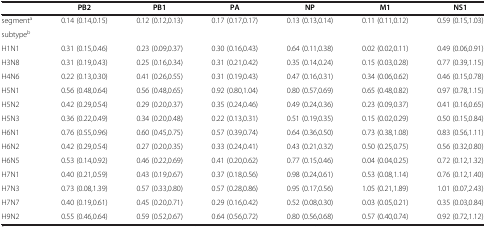
<table><thead><tr><td><b> </b></td><td><b>PB2</b></td><td><b>PB1</b></td><td><b>PA</b></td><td><b>NP</b></td><td><b>M1</b></td><td><b>NS1</b></td></tr></thead><tbody><tr><td>segment<sup>a</sup></td><td>0.14 (0.14,0.15)</td><td>0.12 (0.12,0.13)</td><td>0.17 (0.17,0.17)</td><td>0.13 (0.13,0.14)</td><td>0.11 (0.11,0.12)</td><td>0.59 (0.15,1.03)</td></tr><tr><td>subtype<sup>b</sup></td><td> </td><td> </td><td> </td><td> </td><td> </td><td> </td></tr><tr><td>H1N1</td><td>0.31 (0.15,0.46)</td><td>0.23 (0.09,0.37)</td><td>0.30 (0.16,0.43)</td><td>0.64 (0.11,0.38)</td><td>0.02 (0.02,0.11)</td><td>0.49 (0.06,0.91)</td></tr><tr><td>H3N8</td><td>0.31 (0.19,0.43)</td><td>0.25 (0.16,0.34)</td><td>0.31 (0.21,0.42)</td><td>0.35 (0.14,0.24)</td><td>0.15 (0.03,0.28)</td><td>0.77 (0.39,1.15)</td></tr><tr><td>H4N6</td><td>0.22 (0.13,0.30)</td><td>0.41 (0.26,0.55)</td><td>0.31 (0.19,0.43)</td><td>0.47 (0.16,0.31)</td><td>0.34 (0.06,0.62)</td><td>0.46 (0.15,0.78)</td></tr><tr><td>H5N1</td><td>0.56 (0.48,0.64)</td><td>0.56 (0.48,0.65)</td><td>0.92 (0.80,1.04)</td><td>0.80 (0.57,0.69)</td><td>0.65 (0.48,0.82)</td><td>0.97 (0.78,1.15)</td></tr><tr><td>H5N2</td><td>0.42 (0.29,0.54)</td><td>0.29 (0.20,0.37)</td><td>0.35 (0.24,0.46)</td><td>0.49 (0.24,0.36)</td><td>0.23 (0.09,0.37)</td><td>0.41 (0.16,0.65)</td></tr><tr><td>H5N3</td><td>0.36 (0.22,0.49)</td><td>0.34 (0.20,0.48)</td><td>0.22 (0.13,0.31)</td><td>0.51 (0.19,0.35)</td><td>0.15 (0.02,0.29)</td><td>0.50 (0.15,0.84)</td></tr><tr><td>H6N1</td><td>0.76 (0.55,0.96)</td><td>0.60 (0.45,0.75)</td><td>0.57 (0.39,0.74)</td><td>0.64 (0.36,0.50)</td><td>0.73 (0.38,1.08)</td><td>0.83 (0.56,1.11)</td></tr><tr><td>H6N2</td><td>0.42 (0.29,0.54)</td><td>0.27 (0.20,0.35)</td><td>0.33 (0.24,0.41)</td><td>0.43 (0.21,0.32)</td><td>0.50 (0.25,0.75)</td><td>0.56 (0.32,0.80)</td></tr><tr><td>H6N5</td><td>0.53 (0.14,0.92)</td><td>0.46 (0.22,0.69)</td><td>0.41 (0.20,0.62)</td><td>0.77 (0.15,0.46)</td><td>0.04 (0.04,0.25)</td><td>0.72 (0.12,1.32)</td></tr><tr><td>H7N1</td><td>0.40 (0.21,0.59)</td><td>0.43 (0.19,0.67)</td><td>0.37 (0.18,0.56)</td><td>0.98 (0.24,0.61)</td><td>0.53 (0.08,1.14)</td><td>0.76 (0.12,1.40)</td></tr><tr><td>H7N3</td><td>0.73 (0.08,1.39)</td><td>0.57 (0.33,0.80)</td><td>0.57 (0.28,0.86)</td><td>0.95 (0.17,0.56)</td><td>1.05 (0.21,1.89)</td><td>1.01 (0.07,2.43)</td></tr><tr><td>H7N7</td><td>0.40 (0.19,0.61)</td><td>0.45 (0.20,0.71)</td><td>0.29 (0.16,0.42)</td><td>0.52 (0.08,0.30)</td><td>0.03 (0.05,0.21)</td><td>0.35 (0.03,0.84)</td></tr><tr><td>H9N2</td><td>0.55 (0.46,0.64)</td><td>0.59 (0.52,0.67)</td><td>0.64 (0.56,0.72)</td><td>0.80 (0.56,0.68)</td><td>0.57 (0.40,0.74)</td><td>0.92 (0.72,1.12)</td></tr></tbody></table>